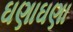
ઘણાઘણા